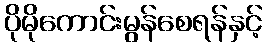
ပိုမိုကောင်းမွန်စေရန်နှင့်